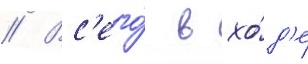
// Вс'его́ в хо́д'е